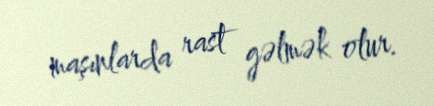
maşınlarda rast gəlmək olur.